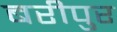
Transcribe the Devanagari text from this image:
बरीपुर